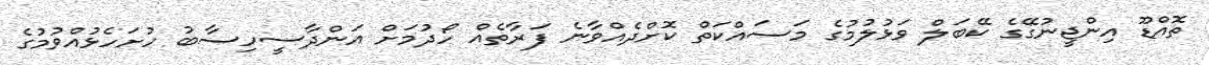
ތޮއްޑޫ އިންޖީނުގޭގެ ކޭބަލް ވަޅުލުމުގެ މަސައްކަތް ކޮށްދެއްވާނެ ފަރާތެއް ހޯދުމަށް އަންދާސީހިސާބު ހުށަހެޅުއްވުމުގެ